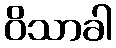
ဝိသာခါ